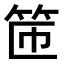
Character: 𫁹